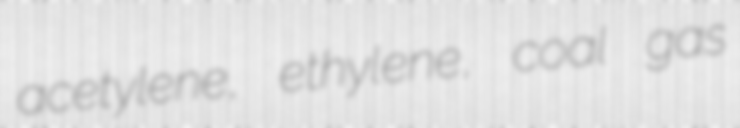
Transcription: acetylene, ethylene, coal gas